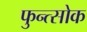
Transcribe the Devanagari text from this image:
फुन्त्सोक